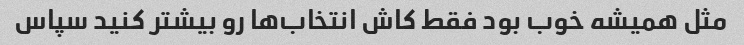
مثل همیشه خوب بود فقط کاش انتخاب‌ها رو بیشتر کنید سپاس